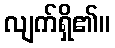
လျက်ရှိ၏။